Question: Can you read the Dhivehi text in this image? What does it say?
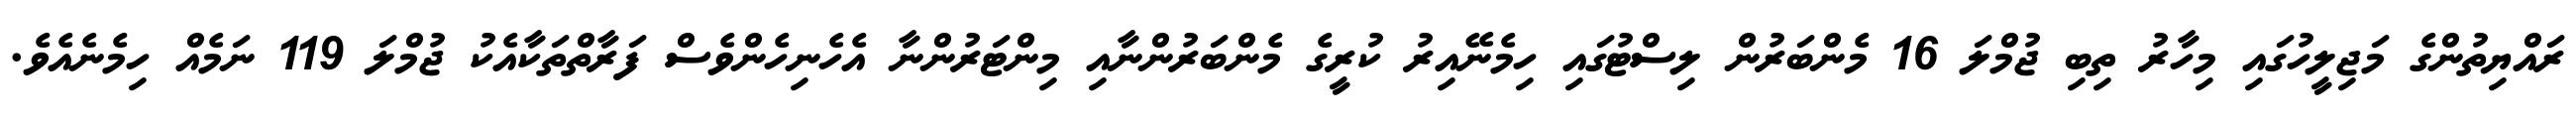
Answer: ރައްޔިތުންގެ މަޖިލީހުގައި މިހާރު ތިބި ޖުމްލަ 16 މެންބަރުން ލިސްޓުގައި ހިމެނޭއިރު ކުރީގެ މެންބަރުންނާއި މިންޓަރުންނާ އެހެނިހެންވެސް ފަރާތްތަކާއެކު ޖުމްލަ 119 ނަމެއް ހިމެނެއެވެ.